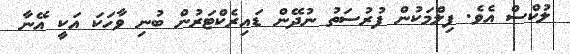
ލުކްސް އެވެ. ފިލްމަކުން ފުރުސަތު ނުދޭން ޑައިރެކްޓަރުން ބުނި ވާހަކަ އަކީ އޭނާ